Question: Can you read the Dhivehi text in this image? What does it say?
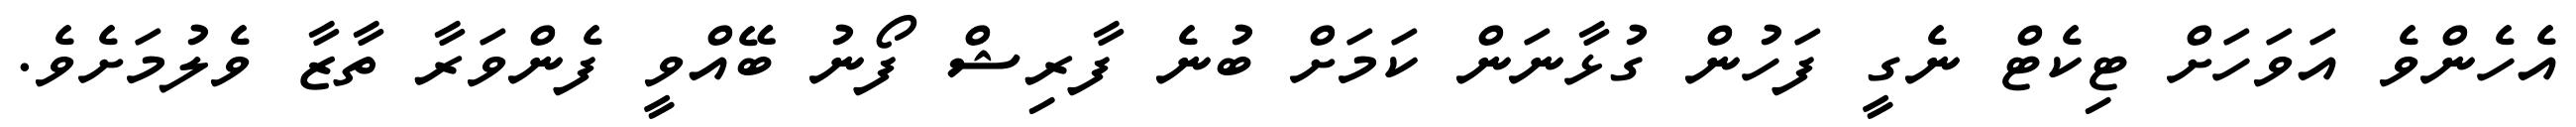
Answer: އެހެންވެ އަވަހަށް ޓިކެޓް ނެގީ ފަހުން ގުޅާނަން ކަމަށް ބުނެ ފާރިޝް ފޯނު ބޭއްވީ ފެންވަރާ ތާޒާ ވެލުމަށެވެ.